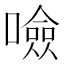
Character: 噞